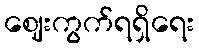
ဈေးကွက်ရရှိရေး